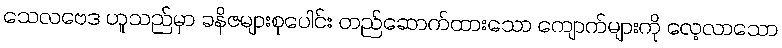
သေလဗေဒ ဟူသည်မှာ ခနိဇများစုပေါင်း တည်ဆောက်ထားသော ကျောက်များကို လေ့လာသော